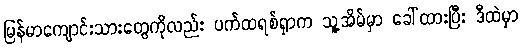
မြန်မာကျောင်းသားတွေကိုလည်း ပက်ထရစ်ရှာက သူ့အိမ်မှာ ခေါ်ထားပြီး ဒီထဲမှာ